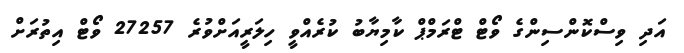
އަދި ވިސްކޮންސިންގެ ވޯޓް ޓްރަމްޕް ކާމިޔާބު ކުރެއްވީ ހިލަރީއަށްވުރެ 27257 ވޯޓް އިތުރަށް